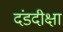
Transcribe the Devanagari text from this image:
दंडदीक्षा